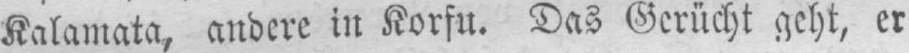
Kalamata, andere in Korfu. Das Gerücht geht, er